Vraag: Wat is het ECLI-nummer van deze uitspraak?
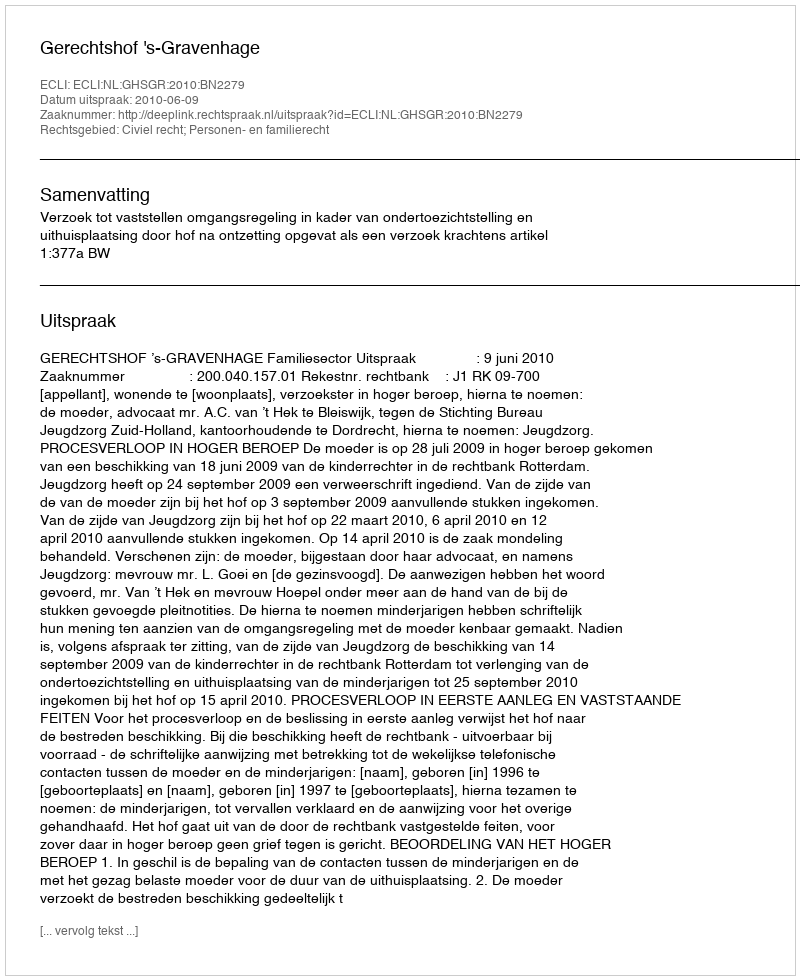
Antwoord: ECLI:NL:GHSGR:2010:BN2279